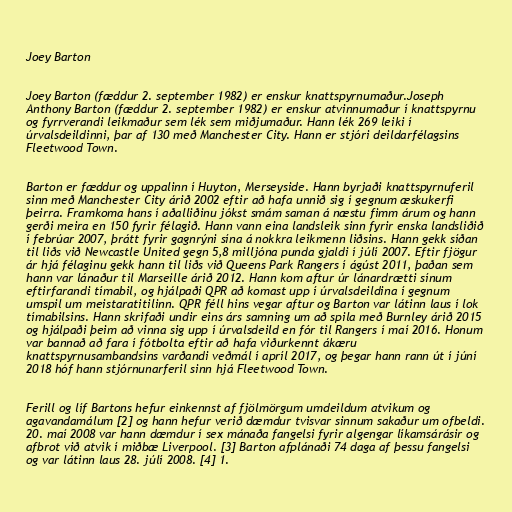
Joey Barton

Joey Barton (fæddur 2. september 1982) er enskur knattspyrnumaður.Joseph
Anthony Barton (fæddur 2. september 1982) er enskur atvinnumaður í knattspyrnu
og fyrrverandi leikmaður sem lék sem miðjumaður. Hann lék 269 leiki í
úrvalsdeildinni, þar af 130 með Manchester City. Hann er stjóri deildarfélagsins
Fleetwood Town.

Barton er fæddur og uppalinn í Huyton, Merseyside. Hann byrjaði knattspyrnuferil
sinn með Manchester City árið 2002 eftir að hafa unnið sig í gegnum æskukerfi
þeirra. Framkoma hans í aðalliðinu jókst smám saman á næstu fimm árum og hann
gerði meira en 150 fyrir félagið. Hann vann eina landsleik sinn fyrir enska landsliðið
í febrúar 2007, þrátt fyrir gagnrýni sína á nokkra leikmenn liðsins. Hann gekk síðan
til liðs við Newcastle United gegn 5,8 milljóna punda gjaldi í júlí 2007. Eftir fjögur
ár hjá félaginu gekk hann til liðs við Queens Park Rangers í ágúst 2011, þaðan sem
hann var lánaður til Marseille árið 2012. Hann kom aftur úr lánardrætti sínum
eftirfarandi tímabil, og hjálpaði QPR að komast upp í úrvalsdeildina í gegnum
umspil um meistaratitilinn. QPR féll hins vegar aftur og Barton var látinn laus í lok
tímabilsins. Hann skrifaði undir eins árs samning um að spila með Burnley árið 2015
og hjálpaði þeim að vinna sig upp í úrvalsdeild en fór til Rangers í maí 2016. Honum
var bannað að fara í fótbolta eftir að hafa viðurkennt ákæru
knattspyrnusambandsins varðandi veðmál í apríl 2017, og þegar hann rann út í júní
2018 hóf hann stjórnunarferil sinn hjá Fleetwood Town.

Ferill og líf Bartons hefur einkennst af fjölmörgum umdeildum atvikum og
agavandamálum [2] og hann hefur verið dæmdur tvisvar sinnum sakaður um ofbeldi.
20. maí 2008 var hann dæmdur í sex mánaða fangelsi fyrir algengar líkamsárásir og
afbrot við atvik í miðbæ Liverpool. [3] Barton afplánaði 74 daga af þessu fangelsi
og var látinn laus 28. júlí 2008. [4] 1.